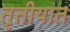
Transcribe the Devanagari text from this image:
तृतीयात